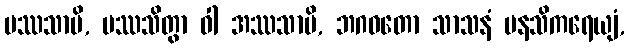
ပဿသာမိ, ပဿသိတွာ ဝါ အဿသာမိ, ဘဂဝတော သာသနံ မနသိကရေယျံ,